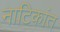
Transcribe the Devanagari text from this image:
नाटिकांत